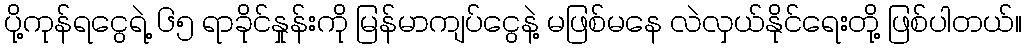
ပို့ကုန်ရငွေရဲ့ ၆၅ ရာခိုင်နှုန်းကို မြန်မာကျပ်ငွေနဲ့ မဖြစ်မနေ လဲလှယ်နိုင်ရေးတို့ ဖြစ်ပါတယ်။